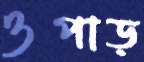
ওপাড়